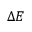
\Delta E